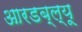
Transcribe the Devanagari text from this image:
आरडब्ल्यू